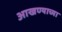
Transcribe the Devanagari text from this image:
आखण्याच्या